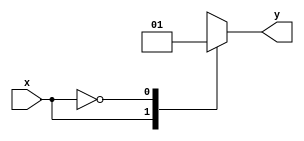
module loop_prefix_case_top(
	input wire x,
	output reg y
);
	localparam I = 1;
	genvar i;
	generate
		for (i = 0; i < 1; i = i + 1) begin : blk
			wire [i:i] z = x;
		end
	endgenerate
	always @* begin
		case (blk[I - 1].z)
			1: y = 0;
			0: y = 1;
		endcase
	end
endmodule